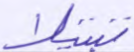
تبتيلا